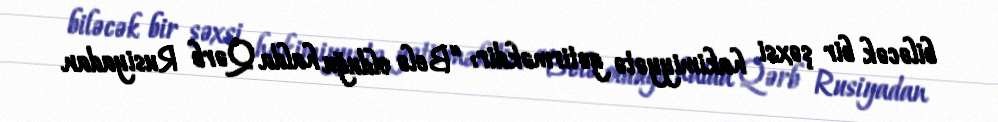
biləcək bir şəxsi hakimiyyətə gətirməkdir: “Belə olduğu halda Qərb Rusiyadan